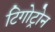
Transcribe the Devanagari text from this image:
टिगोट्रोन